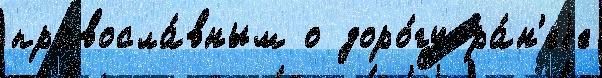
правосла́вным о доро́гу ра́н'еjе